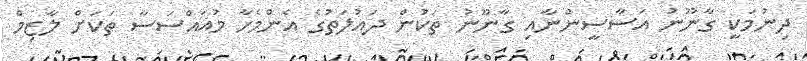
ދިނުމަކީ ގާނޫނު އަސާސީންނާއި ގާނޫނު ތަކުން ދައުލަތުގެ އެންމެހާ މުއައްސަސާ ތަކަށް ލާޒިމް